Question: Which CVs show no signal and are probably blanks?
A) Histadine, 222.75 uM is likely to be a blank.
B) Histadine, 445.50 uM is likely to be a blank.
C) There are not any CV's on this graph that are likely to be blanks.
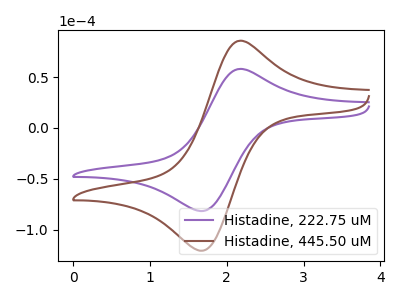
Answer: <think>The purple curve "Histadine, 222.75 uM" has an anodic peak at (2.15V, 57.65uA) and a cathodic peak at (1.70V, -81.60uA). The brown curve "Histadine, 445.50 uM" has an anodic peak at (2.15V, 85.20uA) and a cathodic peak at (1.70V, -120.55uA).</think>
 <answer>C) There are not any CV's on this graph that are likely to be blanks.</answer>
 <eval>C</eval>